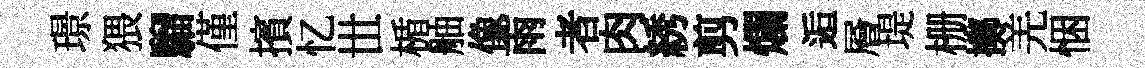
璟猥騮僅擯忆𠀍楯舳像雨者肉綉剪爛逅層堤栅擲羌悃